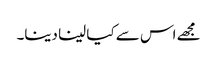
مجھے اس سے کیا لینا دینا۔